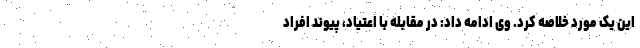
این یک مورد خلاصه کرد. وی ادامه داد: در مقابله با اعتیاد، پیوند افراد